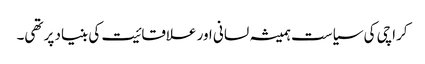
کراچی کی سیاست ہمیشہ لسانی اور علاقائیت کی بنیاد پر تھی۔